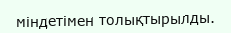
міндетімен толықтырылды.